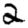
Digit: 2